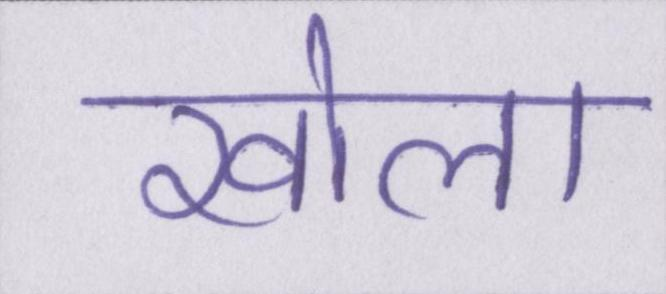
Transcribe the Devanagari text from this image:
खोला